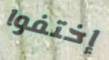
إختفوا